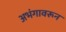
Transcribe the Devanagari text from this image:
अभंगावरून